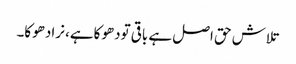
تلاش حق اصل ہے باقی تودھوکاہے، نرادھوکا۔